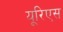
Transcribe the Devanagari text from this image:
यूरिएस